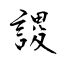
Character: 謖